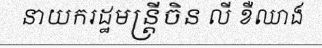
នាយករដ្ឋមន្ត្រីចិន លី ខឺឈាង